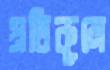
প্রতিকূলে